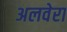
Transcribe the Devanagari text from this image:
अलवेरा